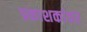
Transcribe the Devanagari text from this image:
प्रकाशकांवर